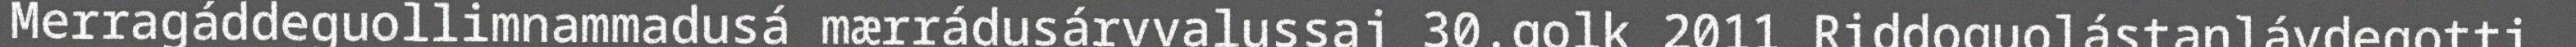
Merragáddeguollimnammadusá mærrádusárvvalussaj 30.golk 2011 Riddoguolástanlávdegotti